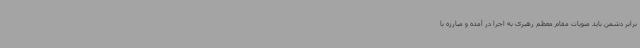
برابر دشمن باید منویات مقام معظم رهبری به اجرا در آمده و مبارزه با